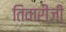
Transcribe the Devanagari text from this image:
तिवारीजी